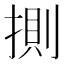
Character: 𢯩